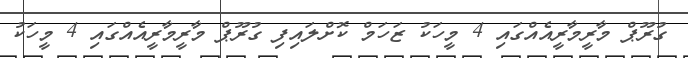
ގުރޫޕް މާރީމާރީއެއްގައި 4 މީހަކު ޒަހަމް ކޮށްލައިފި ގުރޫޕް މާރީމާރީއެއްގައި 4 މީހަކު